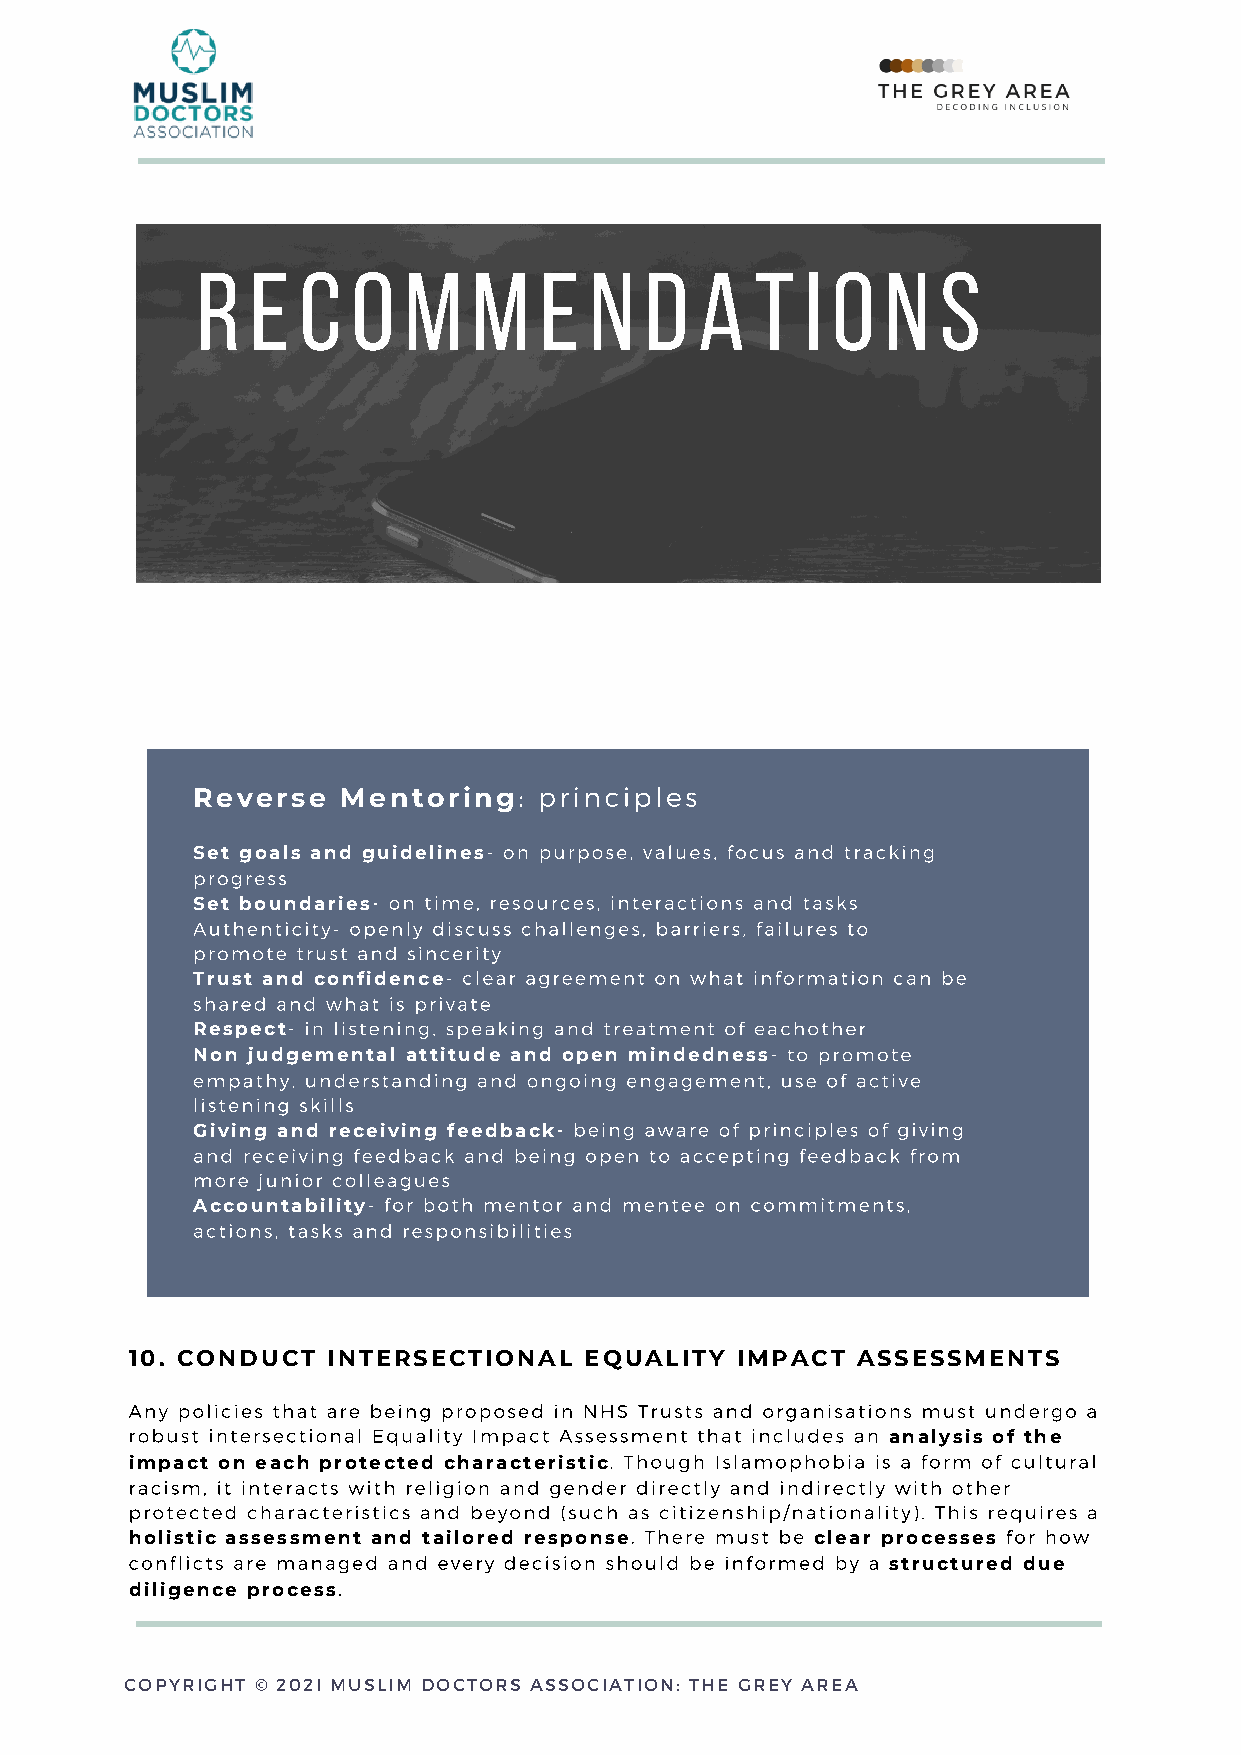
r   e  c  o   m   m    e  n   d  a   t  i o   n  s
 : principles
 Reverse   Mentoring
 Set goals and guidelines- on purpose, values, focus and tracking
 progress
 Set boundaries- on time, resources, interactions and tasks
 Authenticity- openly discuss challenges, barriers, failures to
 promote trust and sincerity
 Trust and confidence- clear agreement on what information can be
 shared and what is private
 Respect- in listening, speaking and treatment of eachother
 Non judgemental attitude and open mindedness- to promote
 empathy, understanding and ongoing engagement, use of active
 listening skills
 Giving and receiving feedback- being aware of principles of giving
 and receiving feedback and being open to accepting feedback from
 more junior colleagues
 Accountability- for both mentor and mentee on commitments,
 actions, tasks and responsibilities
 10. CONDUCT  INTERSECTIONAL   EQUALITY  IMPACT  ASSESSMENTS
 Any policies that are being proposed in NHS Trusts and organisations must undergo a
 robust intersectional Equality Impact Assessment that includes an analysis of the
 impact on each protected characteristic. Though Islamophobia is a form of cultural
 racism, it interacts with religion and gender directly and indirectly with other
 protected characteristics and beyond (such as citizenship/nationality). This requires a
 holistic assessment and tailored response. There must be clear processes for how
 conflicts are managed and every decision should be informed by a structured due
 diligence process.
 COPYRIGHT © 202I MUSLIM DOCTORS ASSOCIATION: THE GREY AREA